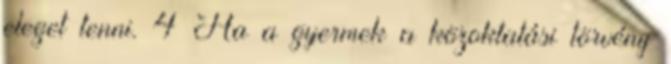
eleget tenni. 4 Ha a gyermek a közoktatási törvény